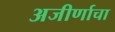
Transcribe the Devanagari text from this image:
अजीर्णाचा